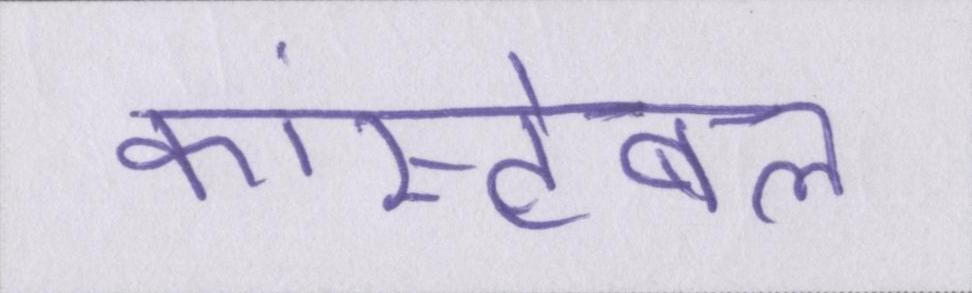
कांस्टेबल